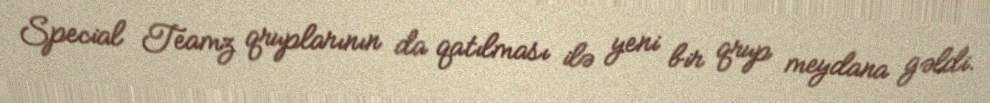
Special Teamz qruplarının da qatılması ilə yeni bir qrup meydana gəldi.